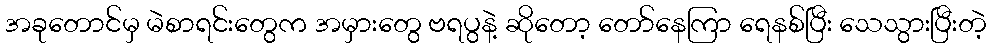
အခုတောင်မှ မဲစာရင်းတွေက အမှားတွေ ဗရပွနဲ့ ဆိုတော့ တော်နေကြာ ရေနစ်ပြီး သေသွားပြီးတဲ့